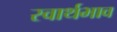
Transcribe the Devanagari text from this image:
स्वार्थभाव